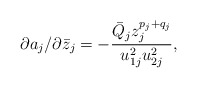
\begin{align*}\partial a_j/\partial\bar z_j = -\frac{\bar Q_jz_j^{p_j+q_j}}{u_{1j}^2u_{2j}^2},\end{align*}